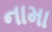
નામા